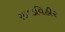
સાદડવિહીર